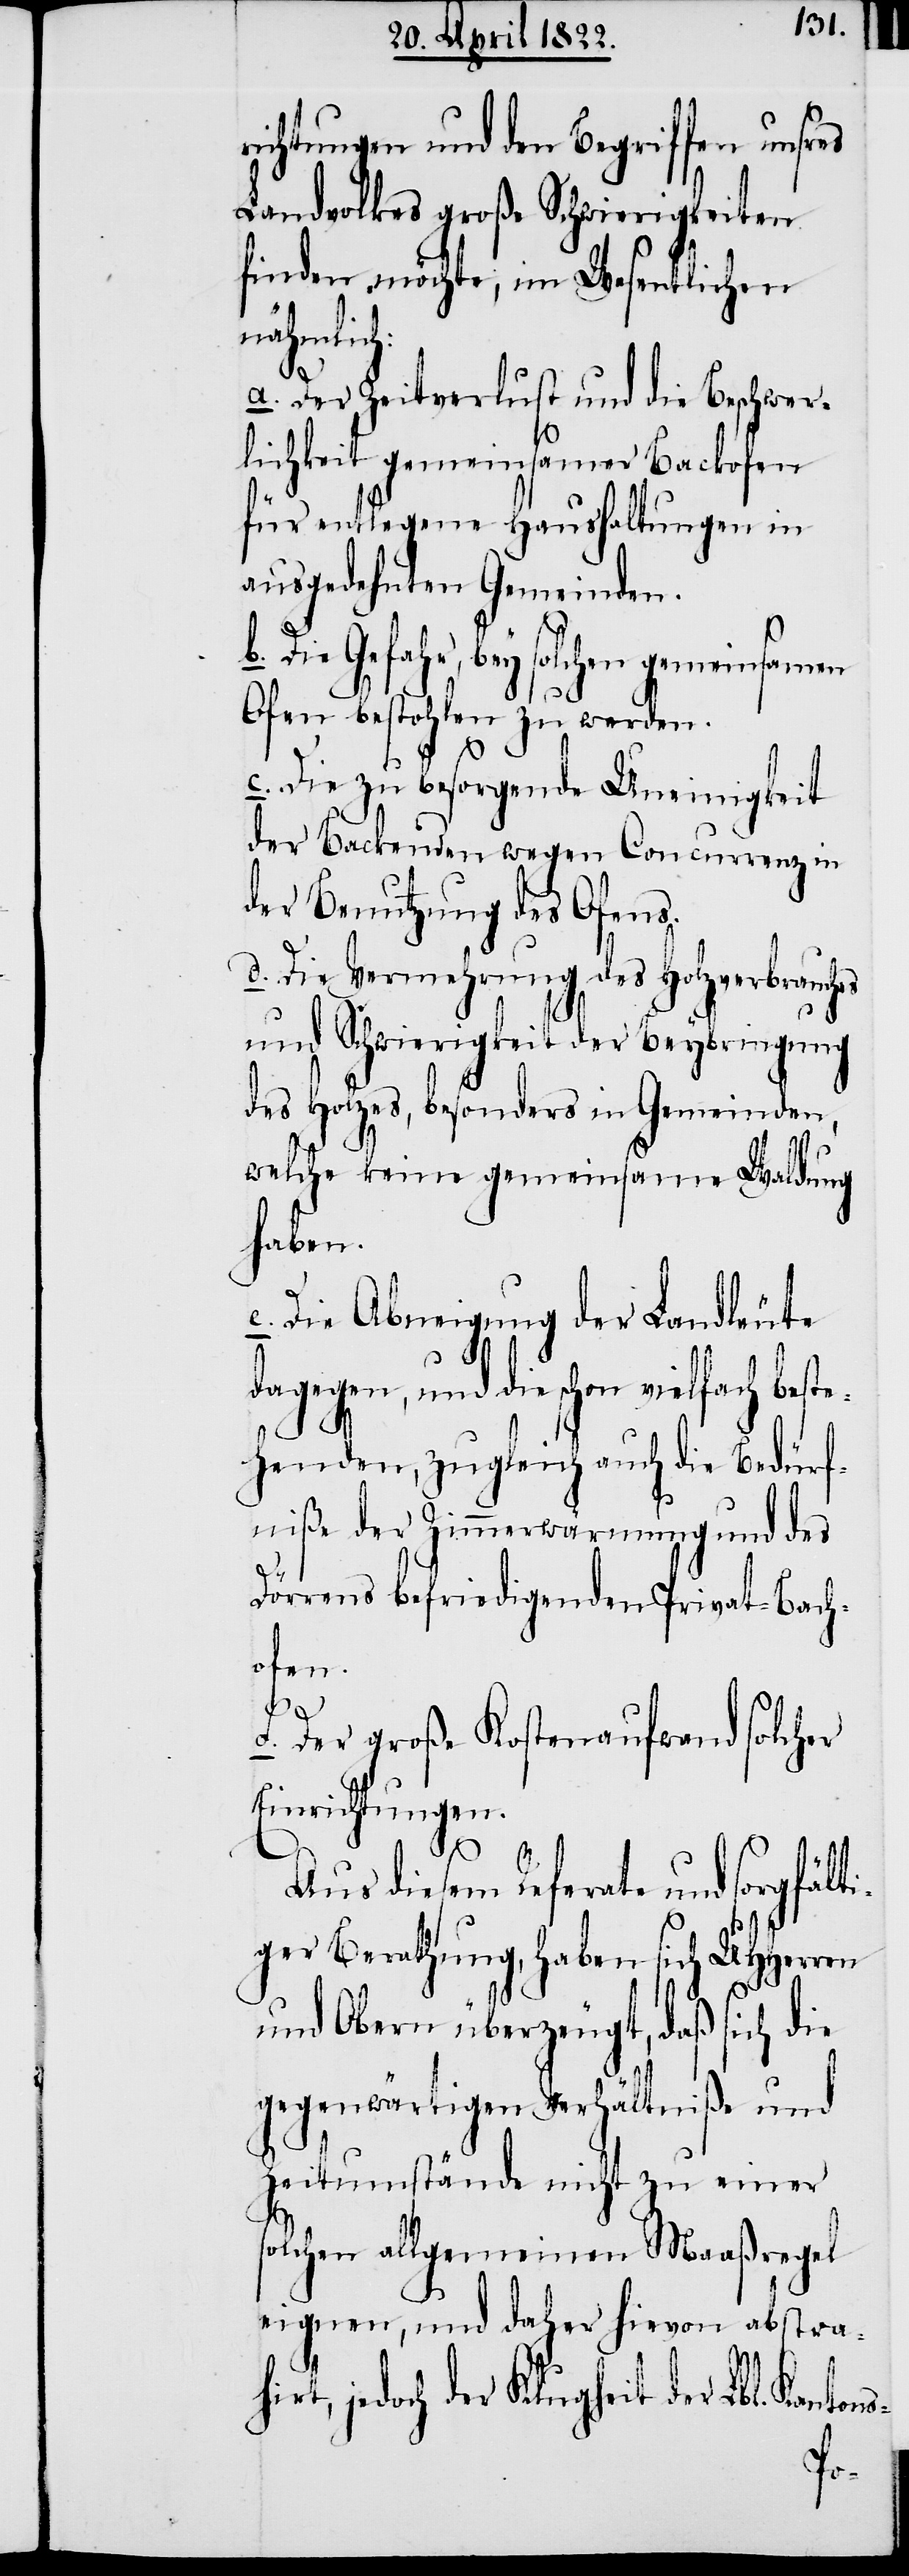
richtungen und den Begriffen unsers
Landvolkes große Schwierigkeiten
finden möchte, im Wesentlichen
hirt,
a. Der Zeitverlust und die Beschwer¬
lichkeit gemeinsamer Backofen
für entlegene Haushaltungen in
ausgedehnten Gemeinden.
Die Gefahr, bey solchen gemeinsamen
Ofen bestohlen zu werden.
c. Die zu besorgende Uneinigkeit
der Backenden wegen Concurrenz in
der Benutzung des Ofens.
d. Die Vermehrung des Holzverbrauches
und Schwierigkeit der Beybringung
des Holzes, besonders in Gemeinden,
welche keine gemeinsame Waldung
haben.
e. Die Abneigung der Landleute
dagegen, und die schon vielfach beste¬
henden, zugleich auch die Bedürf¬
niße der Zimmerwärmung und des
h:
Dörrens befriedigenden Privat-Bach¬
ofen.
f. Der große Kostenaufwand solcher
Einrichtungen.
Aus diesem Referate und sorgfält¬
iger Berathung, haben sich UHHerren
und Obern überzeugt, daß sich die
gegenwärtigen Verhältniße und
Zeitumstände nicht zu einer
solchen allgemeinen Maaßregel
eignen, und daher hievon abstra¬
jedoch der Klugheit der Lbl. Kant¬
ons-